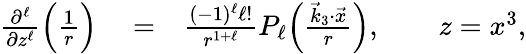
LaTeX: \begin{array}{rlr}{\frac{\partial^{\ell}}{\partial z^{\ell}}\Big(\frac{1}{r}\Big)}&{{}=}&{\frac{(-1)^{\ell}\ell!}{r^{1+\ell}}P_{\ell}\Big(\frac{{\vec{k}}_{3}\cdot{\vec{x}}}{r}\Big),\qquad z=x^{3},}\end{array}